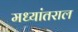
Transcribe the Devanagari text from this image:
मध्यांतराल